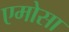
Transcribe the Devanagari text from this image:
एमोसा